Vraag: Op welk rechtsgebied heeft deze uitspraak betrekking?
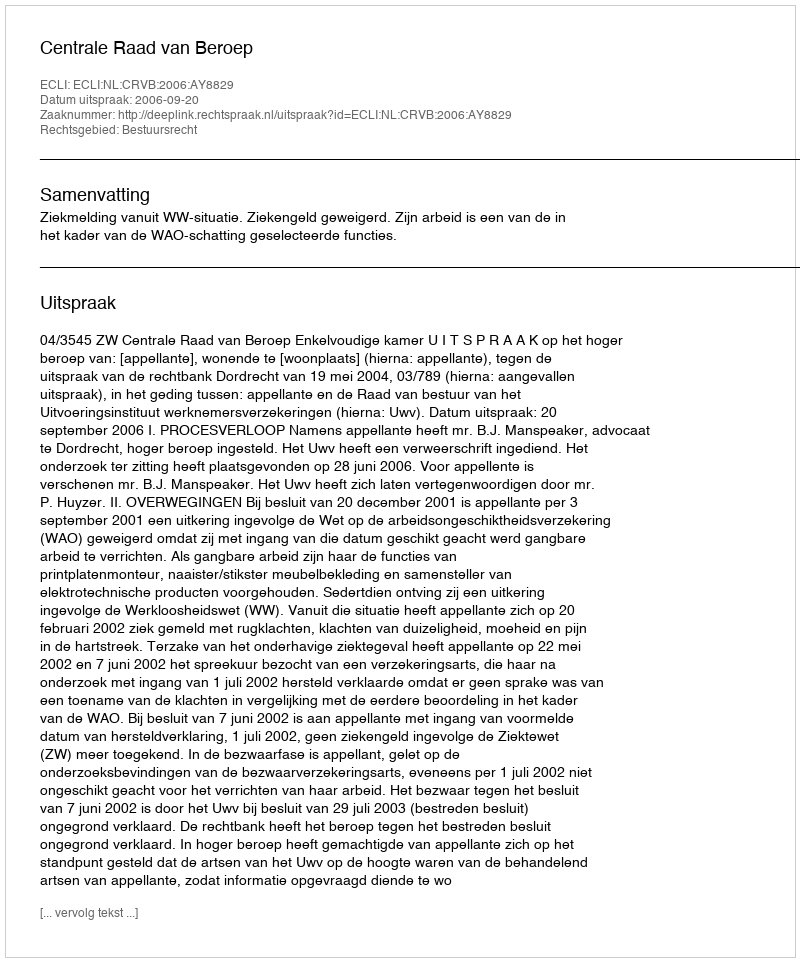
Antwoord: Bestuursrecht